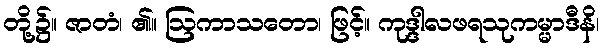
တို့၌။ ဇာတံ၊ ၏။ ဩကာသတော၊ ဖြင့်။ ကုဒ္ဒါလဖရသုကမ္မာဒီနိ၊